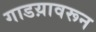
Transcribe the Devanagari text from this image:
गाडय़ावरून